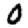
Digit: 0